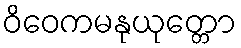
ဝိဝေကမနုယုတ္တော